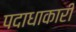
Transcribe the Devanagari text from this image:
पदाधाकारी